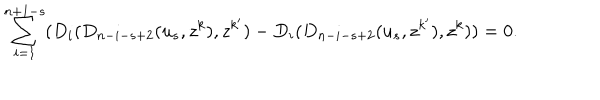
\sum _ { i = 1 } ^ { n + 1 - s } ( D _ { i } ( D _ { n - i - s + 2 } ( u _ { s } , z ^ { k } ) , z ^ { k ^ { \prime } } ) - D _ { i } ( D _ { n - i - s + 2 } ( u _ { s } , z ^ { k ^ { \prime } } ) , z ^ { k } ) ) = 0 .